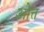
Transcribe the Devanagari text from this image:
ओत्त